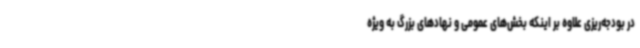
در بودجه‌ریزی علاوه بر اینکه بخش‌های عمومی و نهادهای بزرگ به ویژه